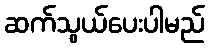
ဆက်သွယ်ပေးပါမည်